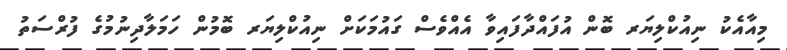
މިއާއެކު ނިއުކްލިޔަރ ބޮން އުފައްދާފައިވާ އެއްވެސް ގައުމަކަށް ނިއުކްލިޔަރ ބޮމުން ހަމަލާދިނުމުގެ ފުރްސަތު